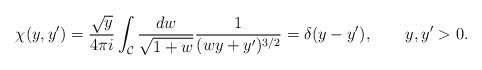
LaTeX: \begin{align*}\chi(y,y') = \frac{\sqrt{y}}{4 \pi i} \int_{\cal C} \frac{dw }{\sqrt{1 + w}} \frac{1}{(w y + y')^{3/2}}= \delta(y-y'), \qquad y,y'>0.\end{align*}